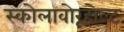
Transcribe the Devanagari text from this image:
स्कोलावोरूहोल्ट